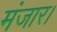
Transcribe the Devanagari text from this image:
मंजार।